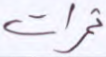
ثمرات